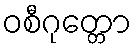
ဝစီဂုတ္တော